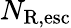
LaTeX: N_{\mathrm{R,esc}}